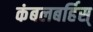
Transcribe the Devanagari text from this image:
कंबलबर्हिस्